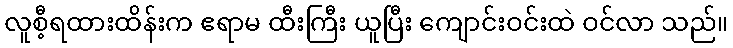
လူစီ့ရထားထိန်းက ဧရာမ ထီးကြီး ယူပြီး ကျောင်းဝင်းထဲ ဝင်လာ သည်။